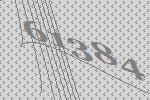
61384